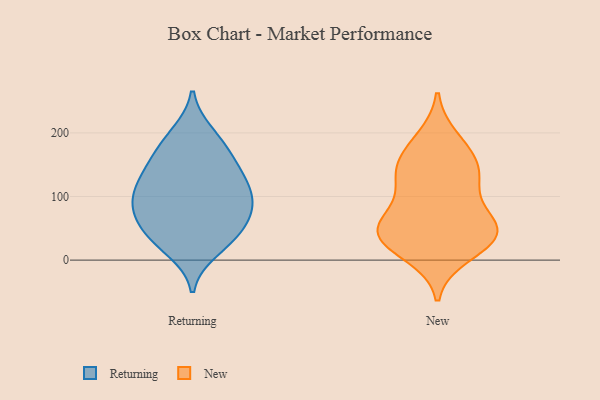
{"axis": {"x": "Churn Rate (%)", "y": "Value"}, "legend": ["New", "Returning"], "data": [{"x": "", "y": 142, "type": "Returning"}, {"x": "", "y": 79, "type": "Returning"}, {"x": "", "y": 121, "type": "Returning"}, {"x": "", "y": 41, "type": "Returning"}, {"x": "", "y": 80, "type": "Returning"}, {"x": "", "y": 106, "type": "Returning"}, {"x": "", "y": 198, "type": "Returning"}, {"x": "", "y": 74, "type": "Returning"}, {"x": "", "y": 88, "type": "Returning"}, {"x": "", "y": 41, "type": "Returning"}, {"x": "", "y": 35, "type": "Returning"}, {"x": "", "y": 144, "type": "Returning"}, {"x": "", "y": 166, "type": "Returning"}, {"x": "", "y": 17, "type": "Returning"}, {"x": "", "y": 114, "type": "Returning"}, {"x": "", "y": 186, "type": "Returning"}, {"x": "", "y": 141, "type": "New"}, {"x": "", "y": 36, "type": "New"}, {"x": "", "y": 10, "type": "New"}, {"x": "", "y": 35, "type": "New"}, {"x": "", "y": 35, "type": "New"}, {"x": "", "y": 147, "type": "New"}, {"x": "", "y": 53, "type": "New"}, {"x": "", "y": 51, "type": "New"}, {"x": "", "y": 125, "type": "New"}, {"x": "", "y": 189, "type": "New"}, {"x": "", "y": 46, "type": "New"}, {"x": "", "y": 171, "type": "New"}, {"x": "", "y": 119, "type": "New"}, {"x": "", "y": 71, "type": "New"}]}